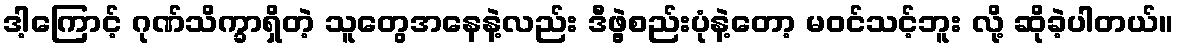
ဒါ့ကြောင့် ဂုဏ်သိက္ခာရှိတဲ့ သူတွေအနေနဲ့လည်း ဒီဖွဲ့စည်းပုံနဲ့တော့ မဝင်သင့်ဘူး လို့ ဆိုခဲ့ပါတယ်။